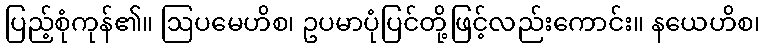
ပြည့်စုံကုန်၏။ ဩပမေဟိစ၊ ဥပမာပုံပြင်တို့ဖြင့်လည်းကောင်း။ နယေဟိစ၊